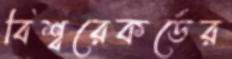
বিশ্বরেকর্ডের